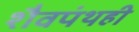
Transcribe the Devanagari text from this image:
शैवपंथही